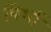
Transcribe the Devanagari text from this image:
पिर्भो